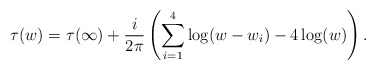
\begin{align*}\tau(w) = \tau(\infty) + \frac{i}{2 \pi} \left( \sum_{i=1}^{4}\log (w - w_i) - 4 \log(w)\right).\end{align*}